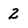
Character: 2